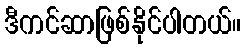
ဒီကင်ဆာဖြစ်နိုင်ပါတယ်။